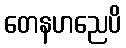
တေနဟညေပိ